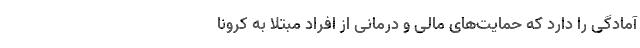
آمادگی را دارد که حمایت‌های مالی و درمانی از افراد مبتلا به کرونا